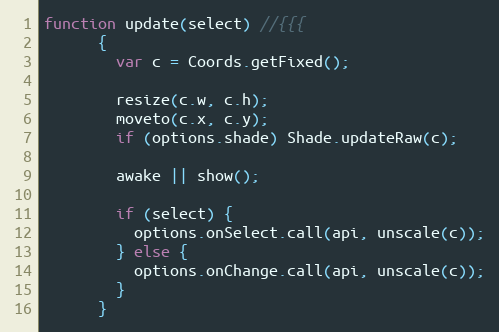
Language: JavaScript
function update(select) //{{{
      {
        var c = Coords.getFixed();

        resize(c.w, c.h);
        moveto(c.x, c.y);
        if (options.shade) Shade.updateRaw(c);

        awake || show();

        if (select) {
          options.onSelect.call(api, unscale(c));
        } else {
          options.onChange.call(api, unscale(c));
        }
      }